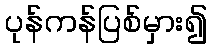
ပုန်ကန်ပြစ်မှား၍